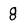
Character: 8